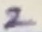
Text: 2